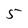
Character: 5